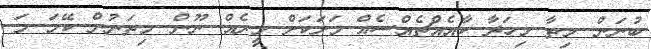
ބުނަން. މިތާ މިހަދާ ކާއެއްޗެއްސެއް މަށަކަށް މީރެއް ނޫން. މިތަނުން ކޭމަ މަ